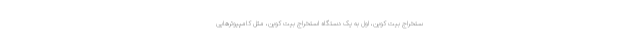
ستخراج بیت کوین، اول به یک دستگاه استخراج بیت کوین، مثل کامپیوترهایی